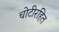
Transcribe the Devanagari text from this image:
चोटीरहित